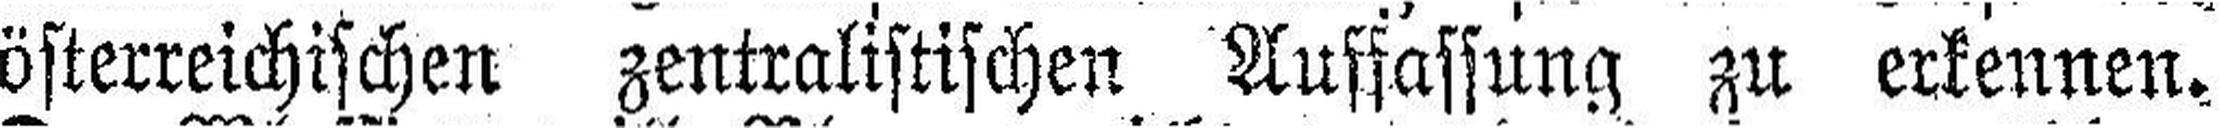
österreichischen zentralistischen Auffassung zu erkennen.